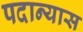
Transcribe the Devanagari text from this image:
पदान्यास